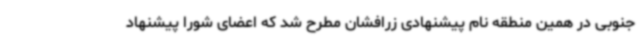
جنوبی در همین منطقه نام پیشنهادی زرافشان مطرح شد که اعضای شورا پیشنهاد